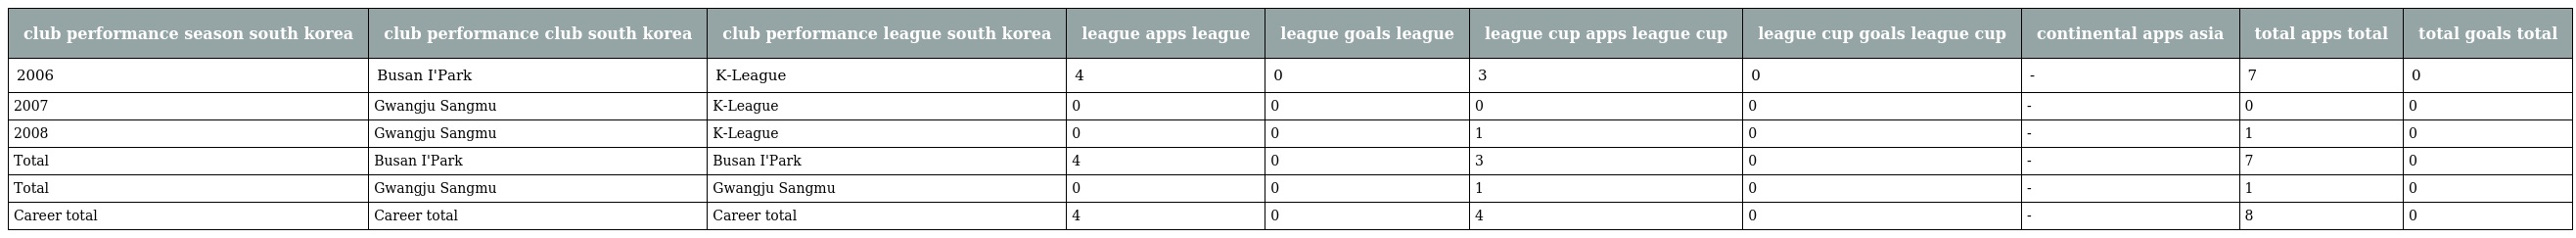
| club performance season south korea | club performance club south korea | club performance league south korea | league apps league | league goals league | league cup apps league cup | league cup goals league cup | continental apps asia | total apps total | total goals total |
 | --- | --- | --- | --- | --- | --- | --- | --- | --- | --- |
 | 2006 | Busan I'Park | K-League | 4 | 0 | 3 | 0 | - | 7 | 0 |
 | 2007 | Gwangju Sangmu | K-League | 0 | 0 | 0 | 0 | - | 0 | 0 |
 | 2008 | Gwangju Sangmu | K-League | 0 | 0 | 1 | 0 | - | 1 | 0 |
 | Total | Busan I'Park | Busan I'Park | 4 | 0 | 3 | 0 | - | 7 | 0 |
 | Total | Gwangju Sangmu | Gwangju Sangmu | 0 | 0 | 1 | 0 | - | 1 | 0 |
 | Career total | Career total | Career total | 4 | 0 | 4 | 0 | - | 8 | 0 |